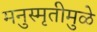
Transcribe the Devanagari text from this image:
मनुस्मृतीमुळे